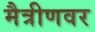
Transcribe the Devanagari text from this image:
मैत्रीणवर